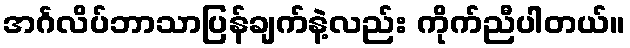
အင်္ဂလိပ်ဘာသာပြန်ချက်နဲ့လည်း ကိုက်ညီပါတယ်။